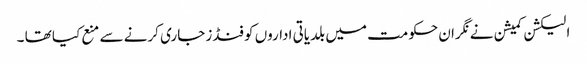
الیکشن کمیشن نے نگران حکومت میں بلدیاتی اداروں کو فنڈز جاری کرنے سے منع کیا تھا ۔